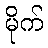
မိုက်